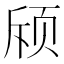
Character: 𬱘